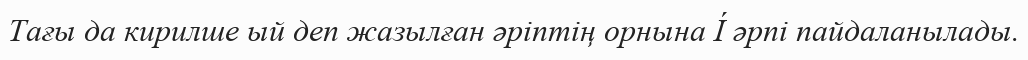
Тағы да кирилше ый деп жазылған әріптің орнына Í әрпі пайдаланылады.